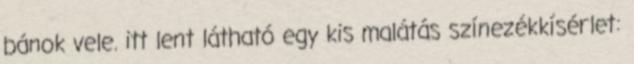
bánok vele. itt lent látható egy kis malátás színezékkísérlet: